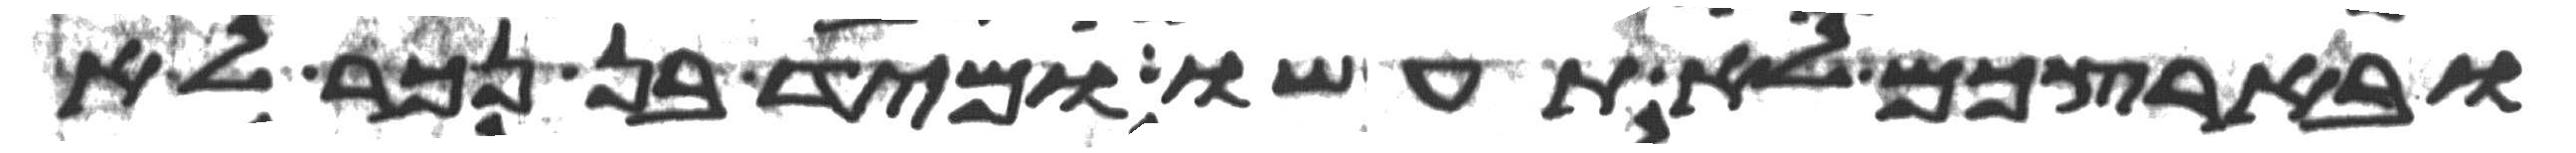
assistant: ובארצכם לא תעשו ומיד בן נכר לא